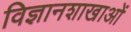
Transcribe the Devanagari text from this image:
विज्ञानशाखाओं